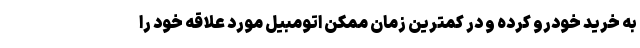
به خرید خودرو کرده و در کمترین زمان ممکن اتومبیل مورد علاقه خود را